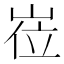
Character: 𡸏